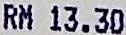
RM 13.30